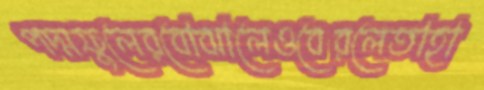
পদ্মফুলেরবোঝালেওবেরলেতাহা